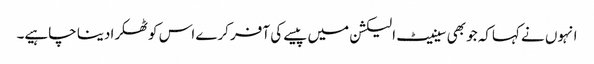
انہوں نے کہاکہ جو بھی سینیٹ الیکشن میں پیسے کی آفر کرے اس کوٹھکرا دینا چاہیے۔